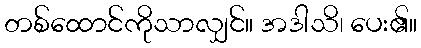
တစ်ထောင်ကိုသာလျှင်။ အဒါသိ၊ ပေး၏။